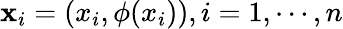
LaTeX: \mathbf{x}_{i}=(x_{i},\phi(x_{i})),i=1,\cdots,n